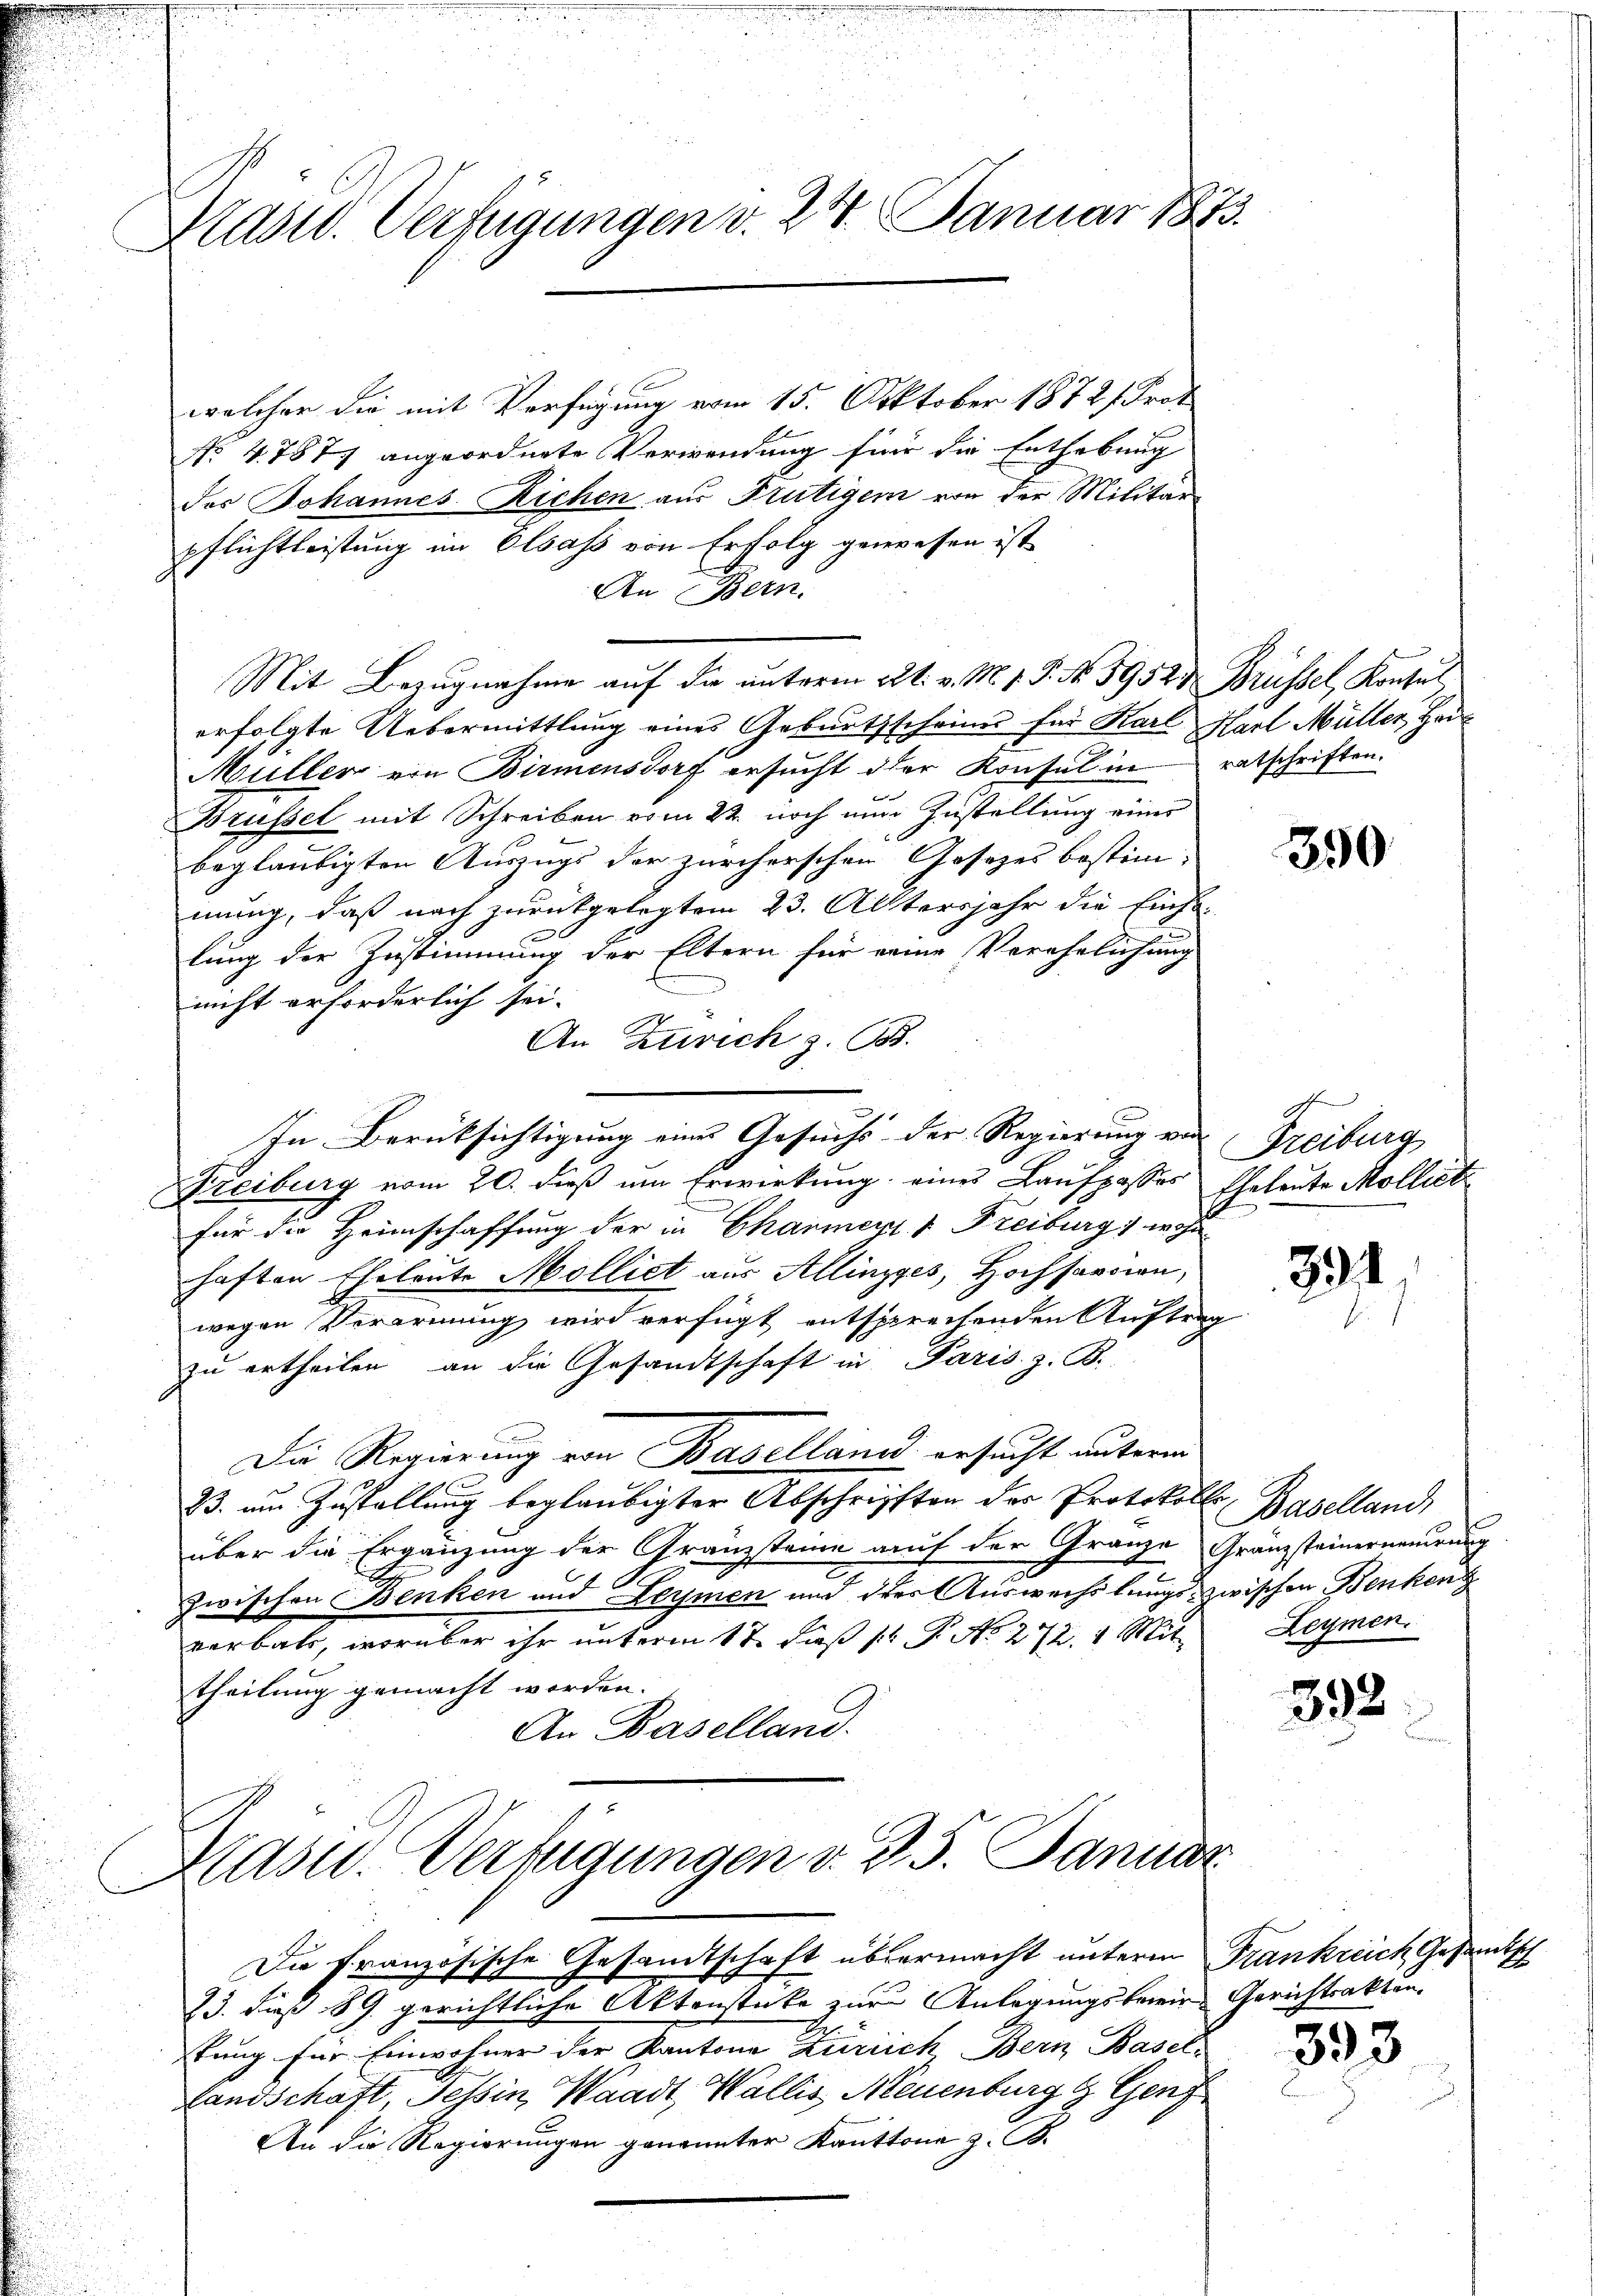
Mast. Verfügungen v. 24. Januar 1873.

welcher die mit Verfügung vom 15. Oktober 1872] Prot
No 4. 787 angeordnete Verwendung für die Enthebung
des Johannes Richen aus Frutigen von der Militär-
pflichtleistung im Olsass von Erfolg gewesen ist
An (Bern.
Mit Bezugnahme auf die unterm 22t v. M. v. P. No. 59523 Brüssel, Konsul,
erfolgte Uebermittlung eines Geburtsschrinn für Karl Karl Müller, Hau
Müller ein Birmensdorf ersucht der Konsul in
Brüssel mit Schreiben vom 22. noch nun Zustellung eines
beglaubigten Auszugs der zürcherschen Gesezes bestim-
mung, daß nach zurückgelegtem 23. Altersjahr die Einha
lung der Zustimmung der Eltern für eine Verehelichung
nicht erforderlich sei.
An Zürich z. B.
In Berücksichtigung eines Gesuchs der Regierung von
Freiburg vom 20. dieß um Erwirkung eines Laufpasses Eheleute Molliet
für die Heimschaffung der in Chamer & Freiburg, wohl
haften Eheleute Molliet aus Allingges, Hochsarcion,
wegen Verarmung wird verfügt entsprechenden Auften
zu ertheilen, an die Gesandtschaft in Paris. z. B.
Die Regierung von Baselland ersucht unterm
23. am Zustellung beglaubigter Abschriften des Protokolle,
über die Ergänzung der Gränzsteine auf der Granze Gränzsteinerneuerung
zwischen Benken und Leymen und der Auswechslungs zwischen Benken
verbals, worüber ihr unterm 17. daß P. P. No. 272. 1. Mit
theilung gemacht werden.
An Baselland.

Mast. Verfügungen v. d. 5. Januar
Die französische Gesandtschaft übermacht unterm Frankreich Gesandtsch
23. dieß 89. gerichtliche Aktenstücke zur Anlegungsbewir-Gerichtsakten.

ratschriften.

tung für Einwohner der Kantone Zürich Bern Basel-
Landschaft, Tessin, Waadt, Wallis Neuenburg & Genf
An die Regierungen genannter Kanttone z. B.

Blumen

350

Freiburg

391

Baselland,
Leymen.

392

393.